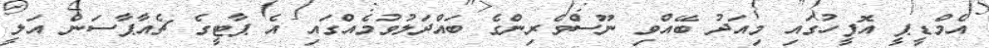
އެމްޑީޕީ އޮފީހުގައި މިއަދު ބޭއްވި ނޫސްވެރިންގެ ބައްދަލުވުމެއްގައި އެ ޕާޓީގެ ޗެއާޕާސަން އަލީ